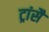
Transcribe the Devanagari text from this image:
ट्रांसै